65_HS1-834228961_62-HQ-83894_Section_9
Agency: FBI
Page 9
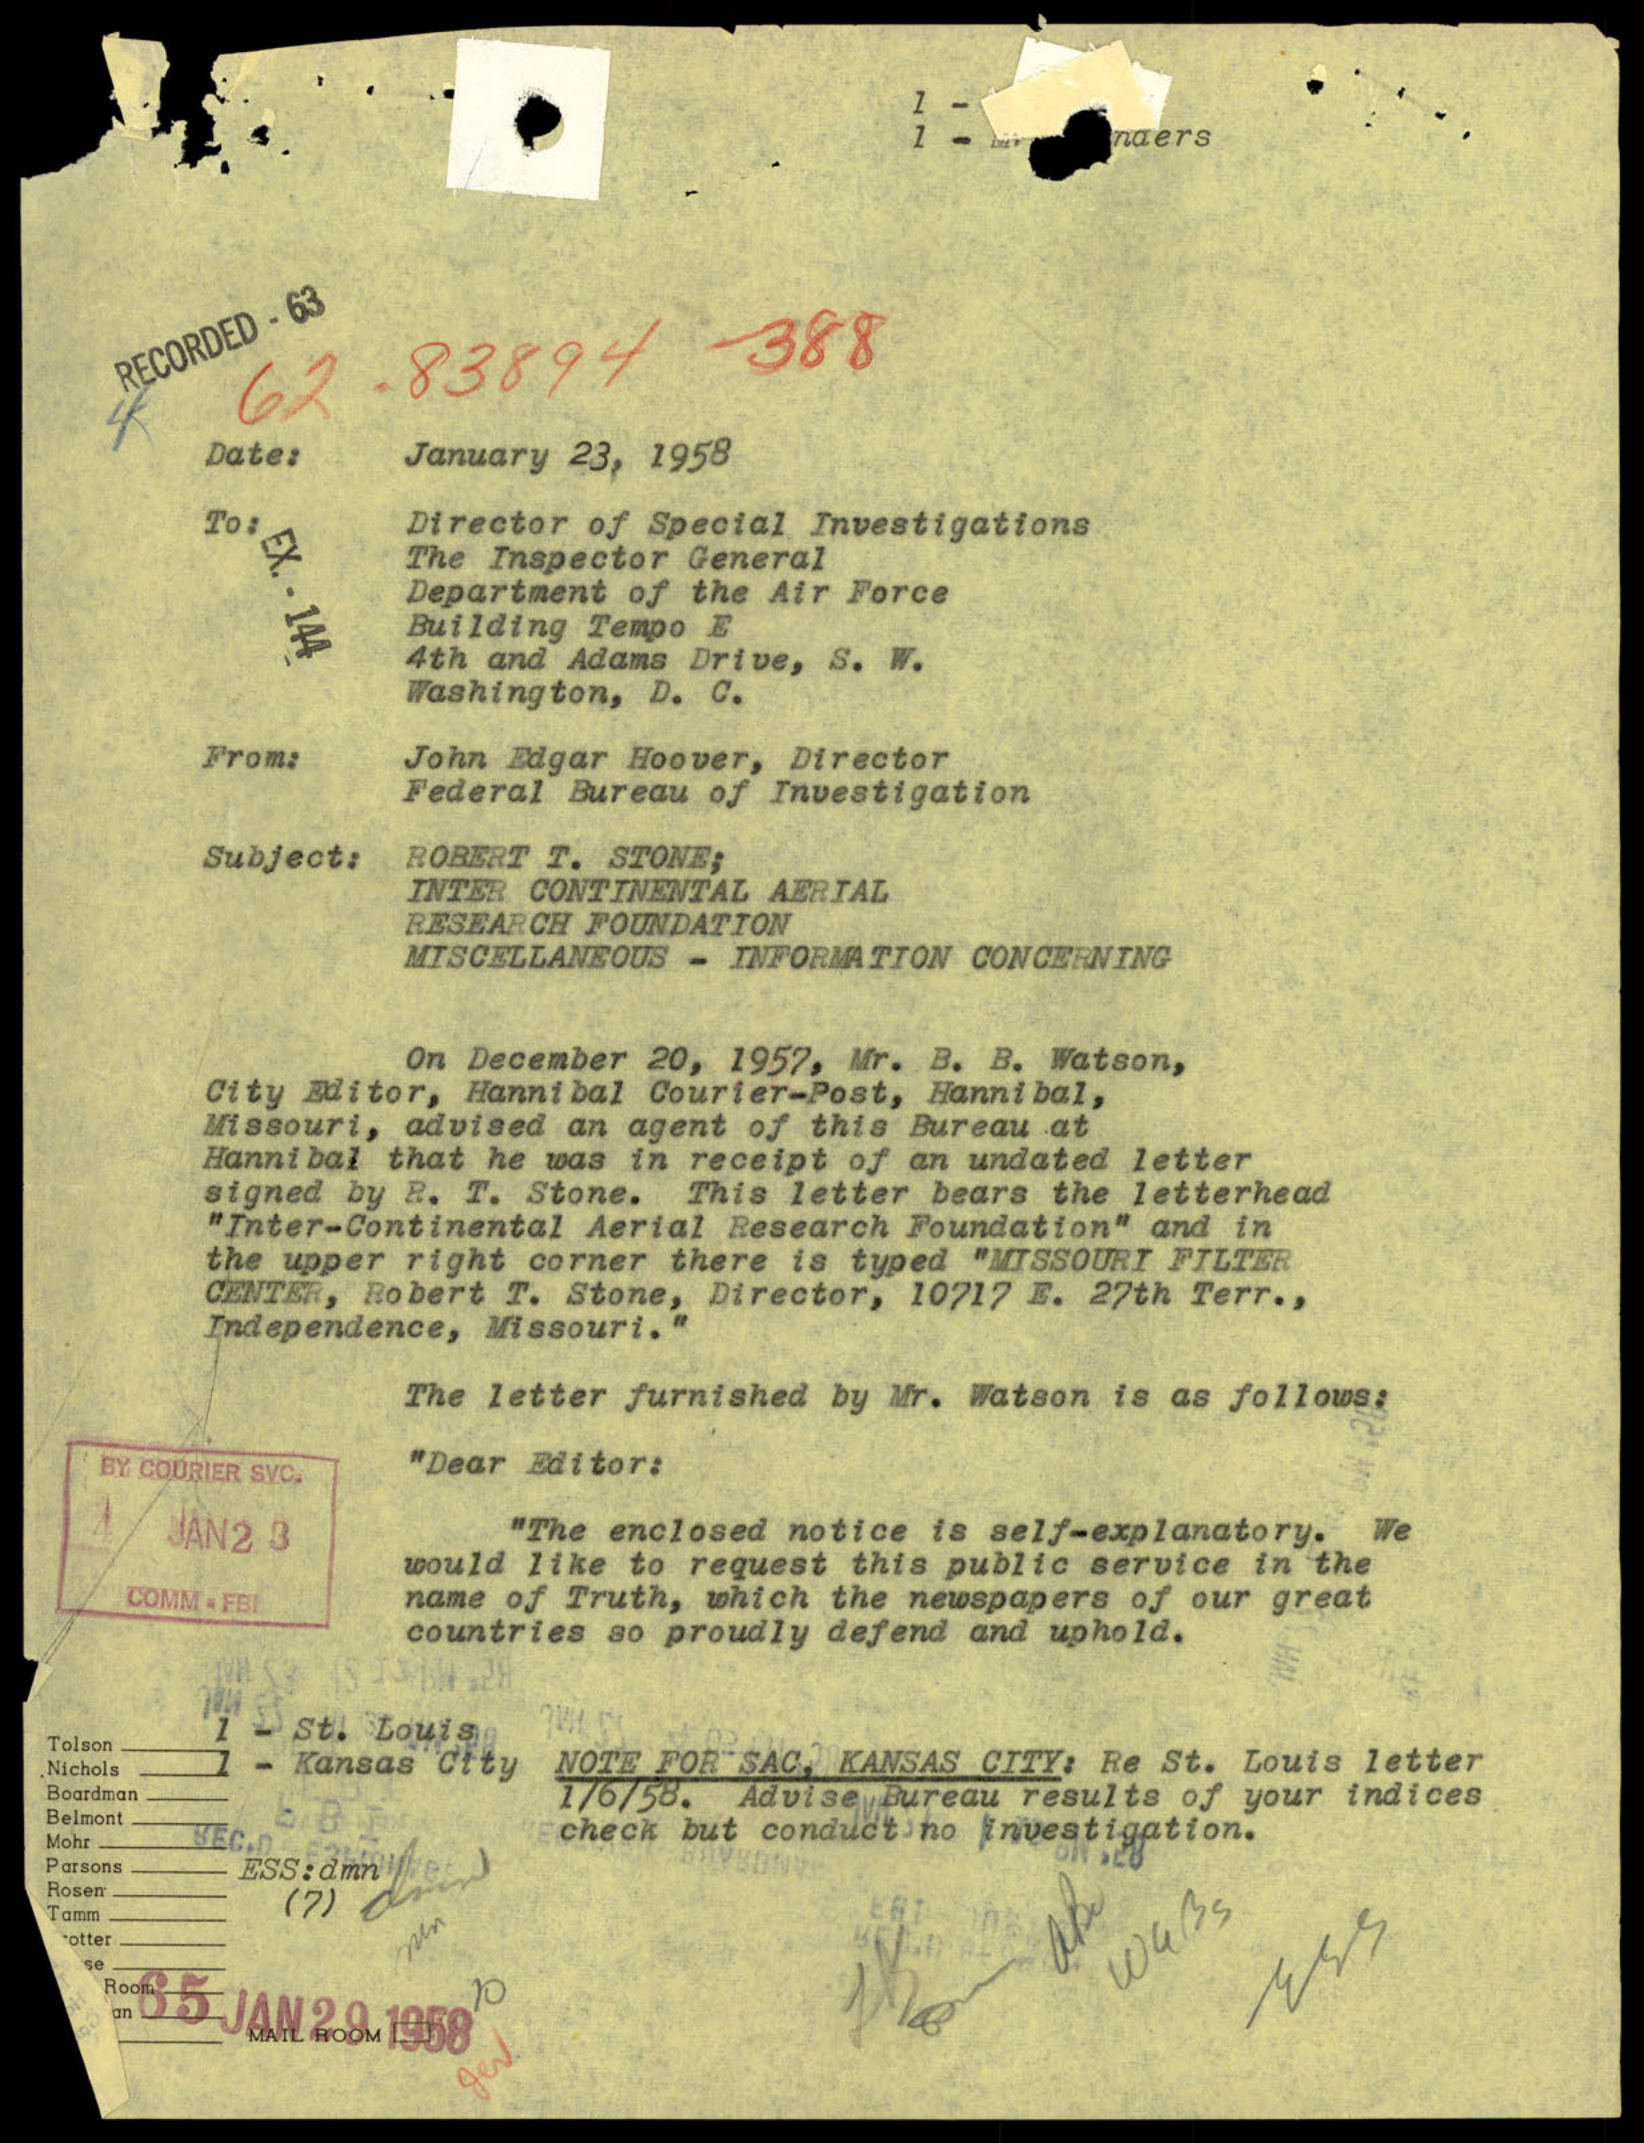